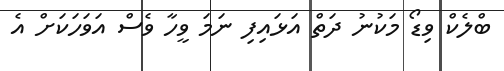
ބްލެކް ވިޑޯ މަކުނު ދަތް އަޅައިފި ނަމަ ވީހާ ވެސް އަވަހަކަށް އެ